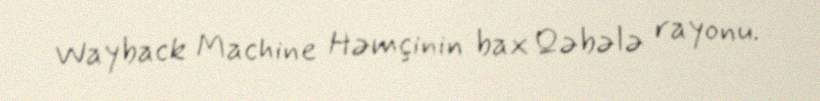
Wayback Machine Həmçinin bax Qəbələ rayonu.